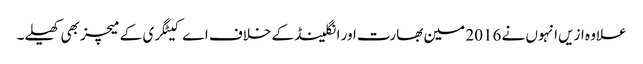
علاوہ ازیں انہوں نے 2016 مین بھارت اور انگلینڈ کے خلاف اے کیٹگری کے میچز بھی کھیلے۔